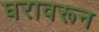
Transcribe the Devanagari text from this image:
घरावरून